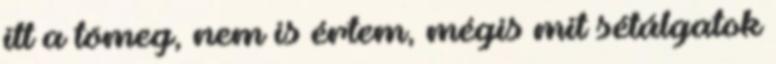
itt a tömeg, nem is értem, mégis mit sétálgatok